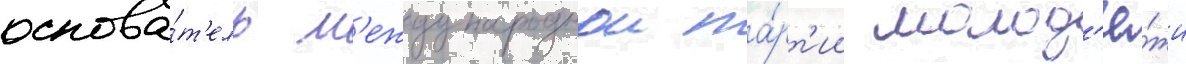
основа́т'ель м'еждународнои па́рт'ии молод'ё́жи